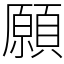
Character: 願